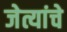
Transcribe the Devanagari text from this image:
जेत्यांचे